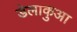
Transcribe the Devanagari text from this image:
डेलाकुआ